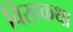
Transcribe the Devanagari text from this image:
विरहकथा